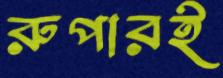
রুপারই